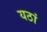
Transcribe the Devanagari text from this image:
यठां